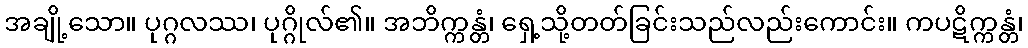
အချို့သော။ ပုဂ္ဂလဿ၊ ပုဂ္ဂိုလ်၏။ အဘိက္ကန္တံ၊ ရှေ့သို့တတ်ခြင်းသည်လည်းကောင်း။ ကပဋိက္ကန္တံ၊